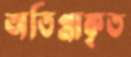
অতিপ্রাকৃত